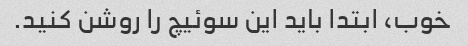
خوب، ابتدا باید این سوئیچ را روشن کنید.